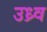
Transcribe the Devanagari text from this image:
उध्र्व